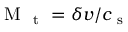
\mathrm { ~ M ~ } _ { \mathrm { ~ t ~ } } = \delta v / c _ { \mathrm { ~ s ~ } }